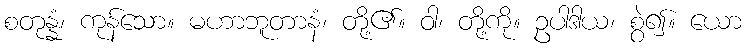
စတုန္နံ၊ ကုန်သော။ မဟာဘူတာနံ၊ တို့၏။ ဝါ၊ တို့ကို။ ဥပါဒါယ၊ စွဲ၍။ ယော